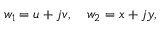
w _ { 1 } = u + j v , \quad w _ { 2 } = x + j y ,